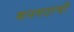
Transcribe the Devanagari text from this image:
मनगटाची